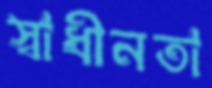
স্বাধীনতা